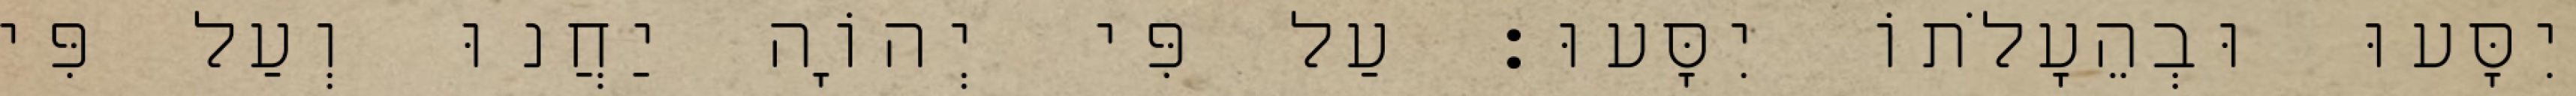
יִסָּעוּ וּבְהֵעָלֹתוֹ יִסָּעוּ׃ עַל פִּי יְהוָֹה יַחֲנוּ וְעַל פִּי